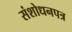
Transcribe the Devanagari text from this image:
संशोधनपत्र